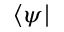
\langle \psi |